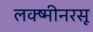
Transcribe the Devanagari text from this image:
लक्ष्मीनरसू